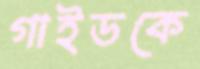
গাইডকে